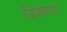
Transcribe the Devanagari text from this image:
जिबकेराव